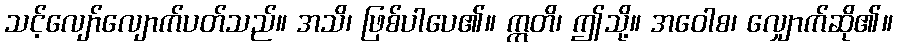
သင့်လျော်လျောက်ပတ်သည်။ အသိ၊ ဖြစ်ပါပေ၏။ ဣတိ၊ ဤသို့။ အဝေါစ၊ လျှောက်ဆို၏။